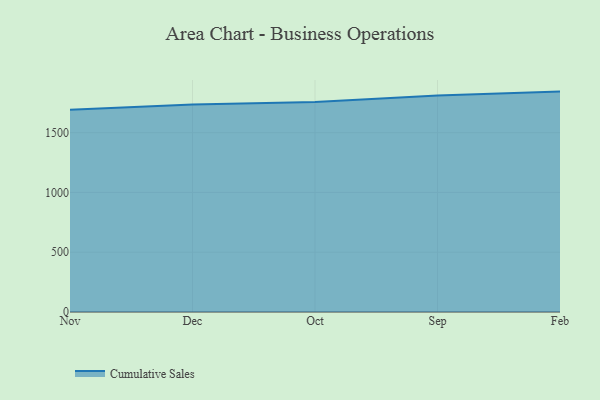
{"axis": {"x": "Month", "y": "Backlog"}, "legend": ["Cumulative Sales"], "data": [{"x": "Nov", "y": 1690.9, "type": "Cumulative Sales"}, {"x": "Dec", "y": 1735.0, "type": "Cumulative Sales"}, {"x": "Oct", "y": 1756.9, "type": "Cumulative Sales"}, {"x": "Sep", "y": 1810.8, "type": "Cumulative Sales"}, {"x": "Feb", "y": 1843.4, "type": "Cumulative Sales"}]}